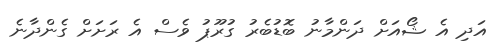
އަދި އެ ޝޯއަށް ދަންމާނު ބޮޑުބެރު ގުރޫޕު ވެސް އެ ރަށަށް ގެންދާނެ